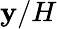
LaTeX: \mathbf{y}/H